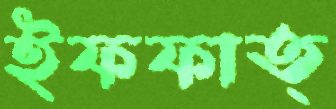
ইফফাত্